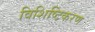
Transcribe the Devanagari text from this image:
विशिष्टिकरण